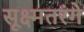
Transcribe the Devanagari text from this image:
सूक्ष्मतरंगे